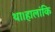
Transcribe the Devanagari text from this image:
था।हालांकि